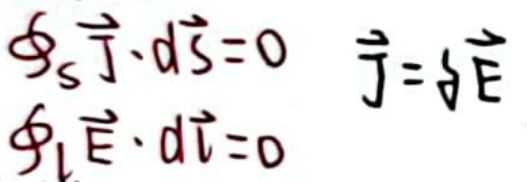
$\oint_{S} \vec{J} \cdot d\vec{S} = 0 \quad \vec{J} = \sigma\vec{E}$

$\oint_{l} \vec{E} \cdot d\vec{l} = 0$